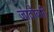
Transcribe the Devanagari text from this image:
जादौबारी